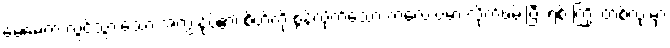
မေမေက လွင့်သွားသော အကျွန်ုပ်၏ စိတ်ကို စွန်လိုက်သော ကလေးပမာ လိုက်ဖမ်းပြီး ရစ် ကြိုး တစ်လုံးမှာ